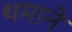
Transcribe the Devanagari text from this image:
थमाने